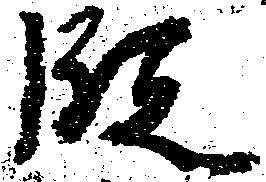
段